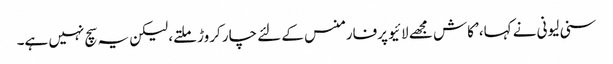
سنی لیونی نے کہا، ’کاش مجھے لائیو پرفارمنس کے لئے چار کروڑ ملتے، لیکن یہ سچ نہیں ہے۔